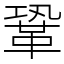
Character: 鞏